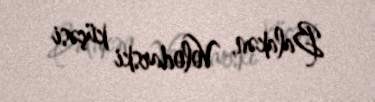
Balakən, Volodarski küçəsi